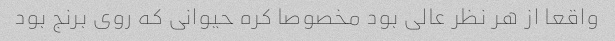
واقعا از هر نظر عالی بود مخصوصا کره حیوانی که روی برنج بود